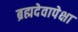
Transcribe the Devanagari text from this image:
ब्रह्मदेवापेक्षा